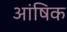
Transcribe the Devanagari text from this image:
आंषिक